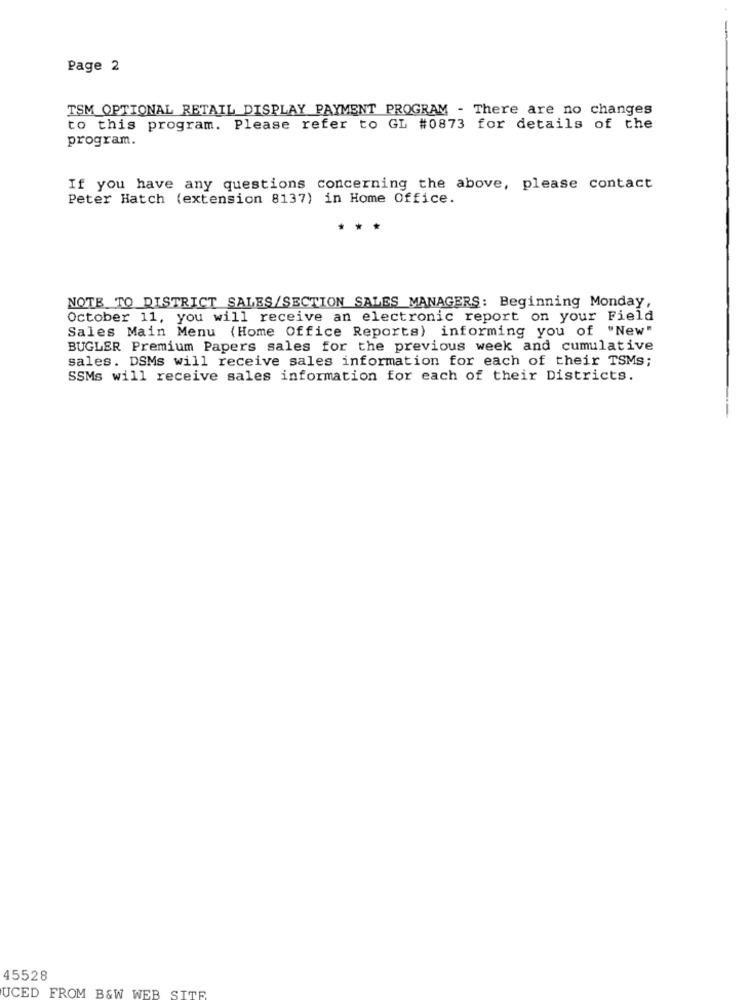
Page 2
TSM OPTIONAL RETAIL DISPLAY PAYMENT PROGRAM - There are no changes
to this program. Please refer to GL #0873 for details of the
program.
If you have any questions concerning the above, please contact
Peter Hatch (extension 8137) in Home Office.
...
NOTE TO DISTRICT SALES/SECTION SALES MANAGERS: Beginning Monday,
October 11, you will receive an electronic report on your Field
Sales Main Menu (Home Office Reports) informing you of "New"
BUGLER Premium Papers sales for the previous week and cumulative
sales. DSMs will receive sales information for each of their TSMs;
SSMs will receive sales information for each of their Districts.
45528
UCED FROM B&W WEB SITE